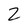
Character: 2